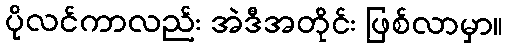
ပိုလင်ကာလည်း အဲဒီအတိုင်း ဖြစ်လာမှာ။